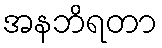
အနဘိရတာ